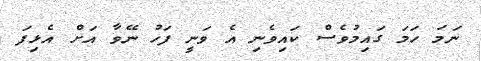
ނަމަ ހަމަ ގައިމުވެސް ކައިވެނި އެ ވަނީ ފަހު ނޭވާ އަށް އެޅިފަ